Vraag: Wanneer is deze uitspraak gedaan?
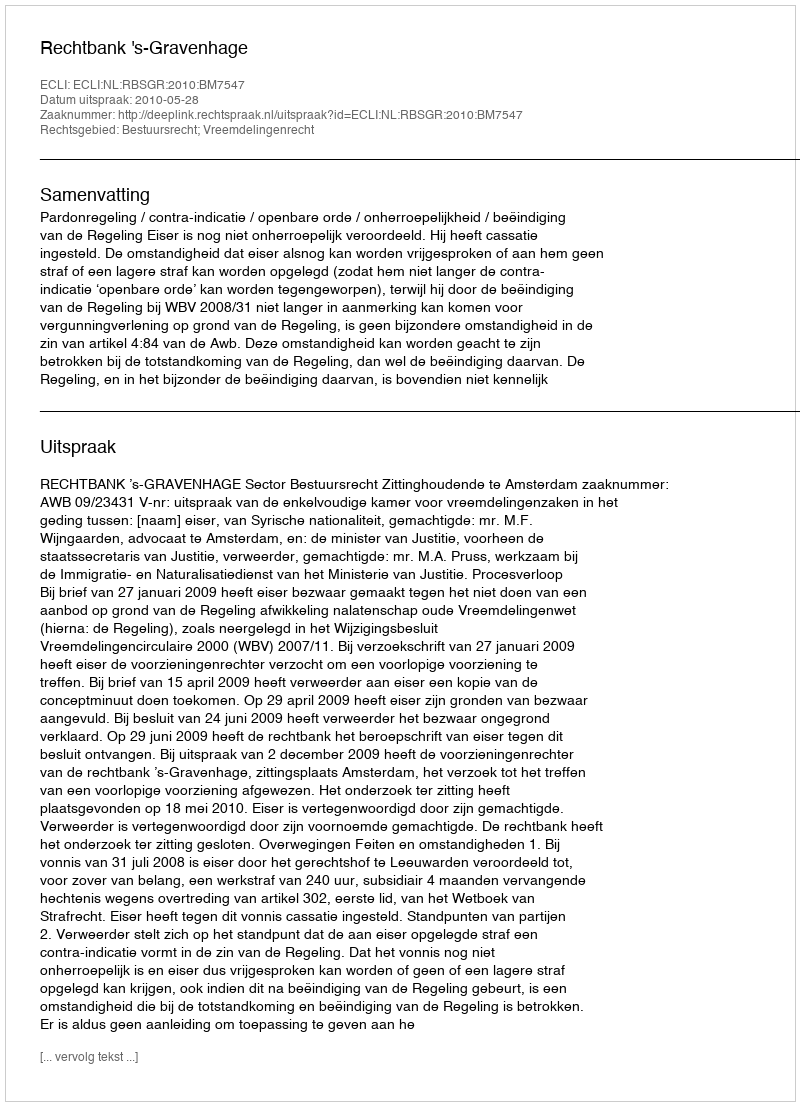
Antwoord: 2010-05-28